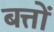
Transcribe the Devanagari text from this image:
बत्तों